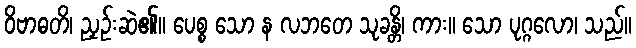
ဝိဗာဓတိ၊ ညှဉ်းဆဲ၏။ ပေစ္စ သော န လဘတေ သုခန္တိ၊ ကား။ သော ပုဂ္ဂလော၊ သည်။